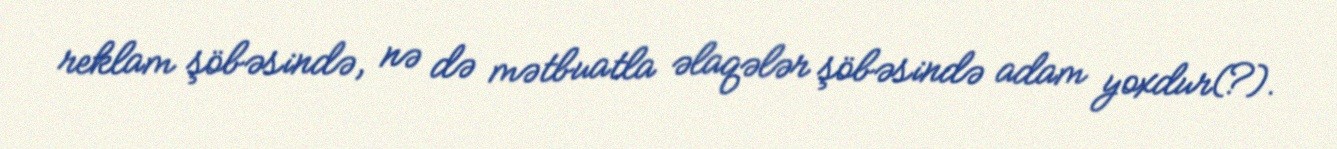
reklam şöbəsində, nə də mətbuatla əlaqələr şöbəsində adam yoxdur(?).